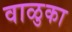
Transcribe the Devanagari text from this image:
वाळुका